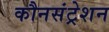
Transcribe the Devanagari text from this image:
कौनसंट्रेशन